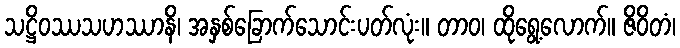
သဋ္ဌိဝဿသဟဿာနိ၊ အနှစ်ခြောက်သောင်းပတ်လုံး။ တာဝ၊ ထိုရွေ့လောက်။ ဇိဝိတံ၊